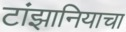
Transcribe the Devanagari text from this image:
टांझानियाचा